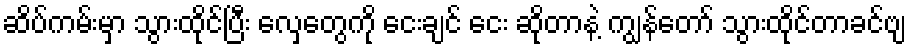
ဆိပ်ကမ်းမှာ သွားထိုင်ပြီး လှေတွေကို ငေးချင် ငေး ဆိုတာနဲ့ ကျွန်တော် သွားထိုင်တာခင်ဗျ